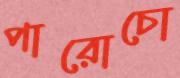
পারোচো